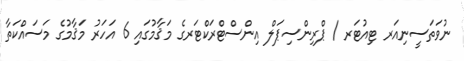
ނުވަތަސީނިއަރ ޓިއުޓަރ / ޕްރިންސިޕަލް އިންސްޓްރަކްޓަރގެ މަޤާމުގައި 6 އަހަރު މަޤާމުގެ މަސައްކަތާ